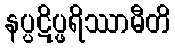
နပ္ပဋိပ္ဖရိဿာမီတိ